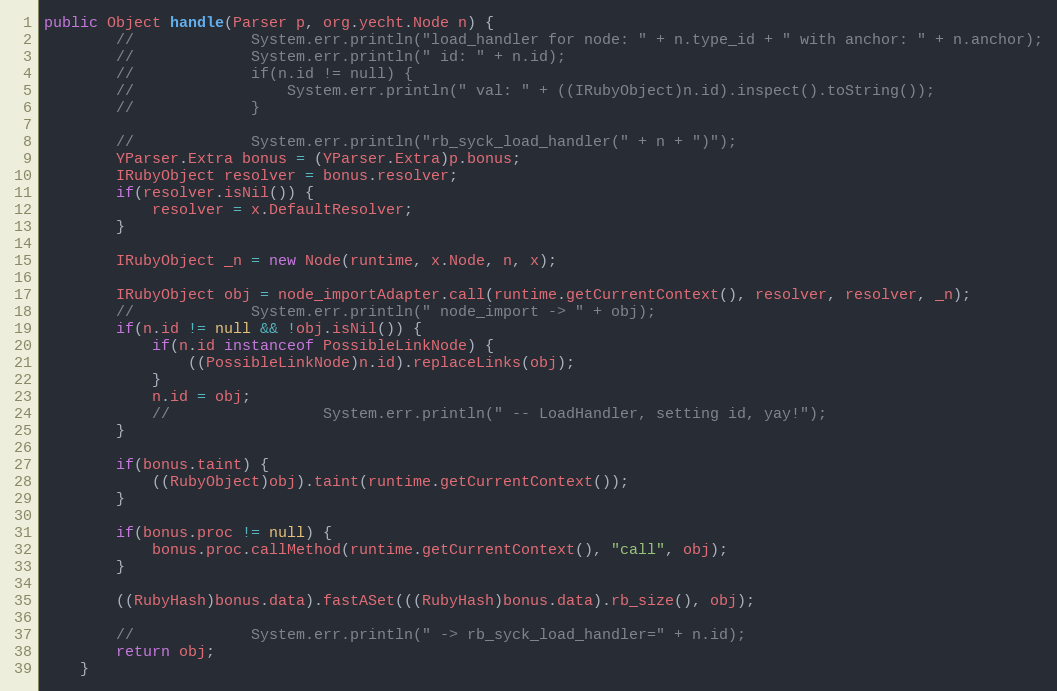
Language: Java
public Object handle(Parser p, org.yecht.Node n) {
        //             System.err.println("load_handler for node: " + n.type_id + " with anchor: " + n.anchor);
        //             System.err.println(" id: " + n.id);
        //             if(n.id != null) {
        //                 System.err.println(" val: " + ((IRubyObject)n.id).inspect().toString());
        //             }

        //             System.err.println("rb_syck_load_handler(" + n + ")");
        YParser.Extra bonus = (YParser.Extra)p.bonus;
        IRubyObject resolver = bonus.resolver;
        if(resolver.isNil()) {
            resolver = x.DefaultResolver;
        }

        IRubyObject _n = new Node(runtime, x.Node, n, x);

        IRubyObject obj = node_importAdapter.call(runtime.getCurrentContext(), resolver, resolver, _n);
        //             System.err.println(" node_import -> " + obj);
        if(n.id != null && !obj.isNil()) {
            if(n.id instanceof PossibleLinkNode) {
                ((PossibleLinkNode)n.id).replaceLinks(obj);
            }
            n.id = obj;
            //                 System.err.println(" -- LoadHandler, setting id, yay!");
        }

        if(bonus.taint) {
            ((RubyObject)obj).taint(runtime.getCurrentContext());
        }

        if(bonus.proc != null) {
            bonus.proc.callMethod(runtime.getCurrentContext(), "call", obj);
        }

        ((RubyHash)bonus.data).fastASet(((RubyHash)bonus.data).rb_size(), obj);

        //             System.err.println(" -> rb_syck_load_handler=" + n.id);
        return obj;
    }